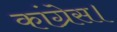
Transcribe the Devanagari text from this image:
कांग्रेस।